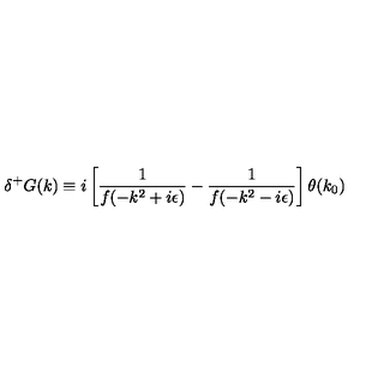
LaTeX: \delta ^ { + } G ( k ) \equiv i \left[ \frac { 1 } { f ( - k ^ { 2 } + i \epsilon ) } - \frac { 1 } { f ( - k ^ { 2 } - i \epsilon ) } \right] \theta ( k _ { 0 } )